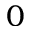
0